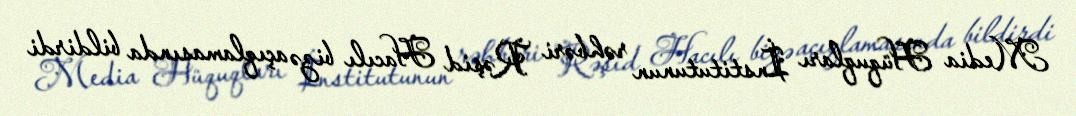
Media Hüquqları İnstitutunun rəhbəri Rəşid Hacılı bizə açıqlamasında bildirdi